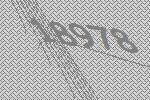
18978